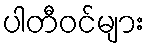
ပါတီဝင်များ